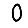
Digit: 0